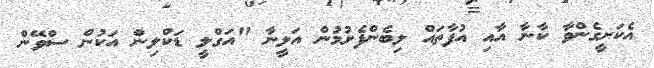
އެކަށީގެންވާ ކާނާ އާއި އުފާތައް ލިބެންފެށުމުން އަލީނާ "އަގްލީ ޑަކްލިން އަކުން ސްވޭން